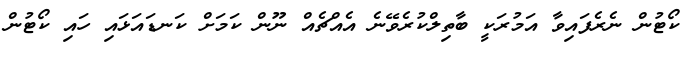
ކޯޓުން ނެރެފައިވާ އަމުރަކީ ބާތިލްކުރެވޭނެ އެއްޗެއް ނޫން ކަމަށް ކަނޑައަޅައި ހައި ކޯޓުން